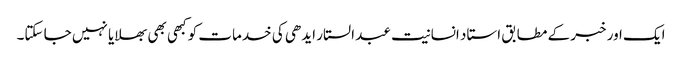
ایک اور خبر کے مطابق استاد انسانیت عبد الستار ایدھی کی خدمات کو کبھی بھی بھلایا نہیں جا سکتا۔